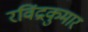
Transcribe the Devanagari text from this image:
रविंद्रकुमार